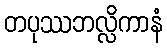
တပုဿဘလ္လိကာနံ